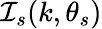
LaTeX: \mathcal{I}_{s}(k,\theta_{s})